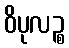
ဝိပုလဉ္စ